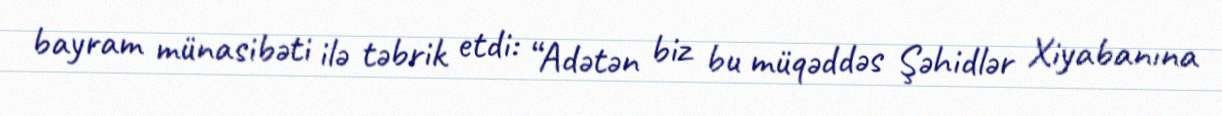
bayram münasibəti ilə təbrik etdi: “Adətən biz bu müqəddəs Şəhidlər Xiyabanına